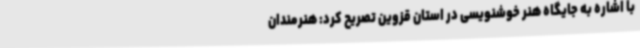
با اشاره به جایگاه هنر خوشنویسی در استان قزوین تصریح کرد: هنرمندان